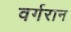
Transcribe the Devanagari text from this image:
वर्गरान